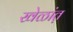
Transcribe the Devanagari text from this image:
खेळांत़